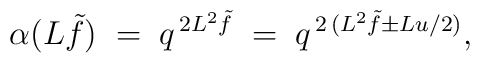
\alpha (L \tilde{f}) \; = \; q^{\, 2 L^2 \tilde{f}} \; = \;q^{\, 2\, (L^2 \tilde{f} \pm L u/2)}  ,